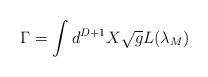
LaTeX: \begin{align*}\Gamma = \Huge\int \large d^{D+1} X \sqrt{g} L({\lambda}_{M})\end{align*}